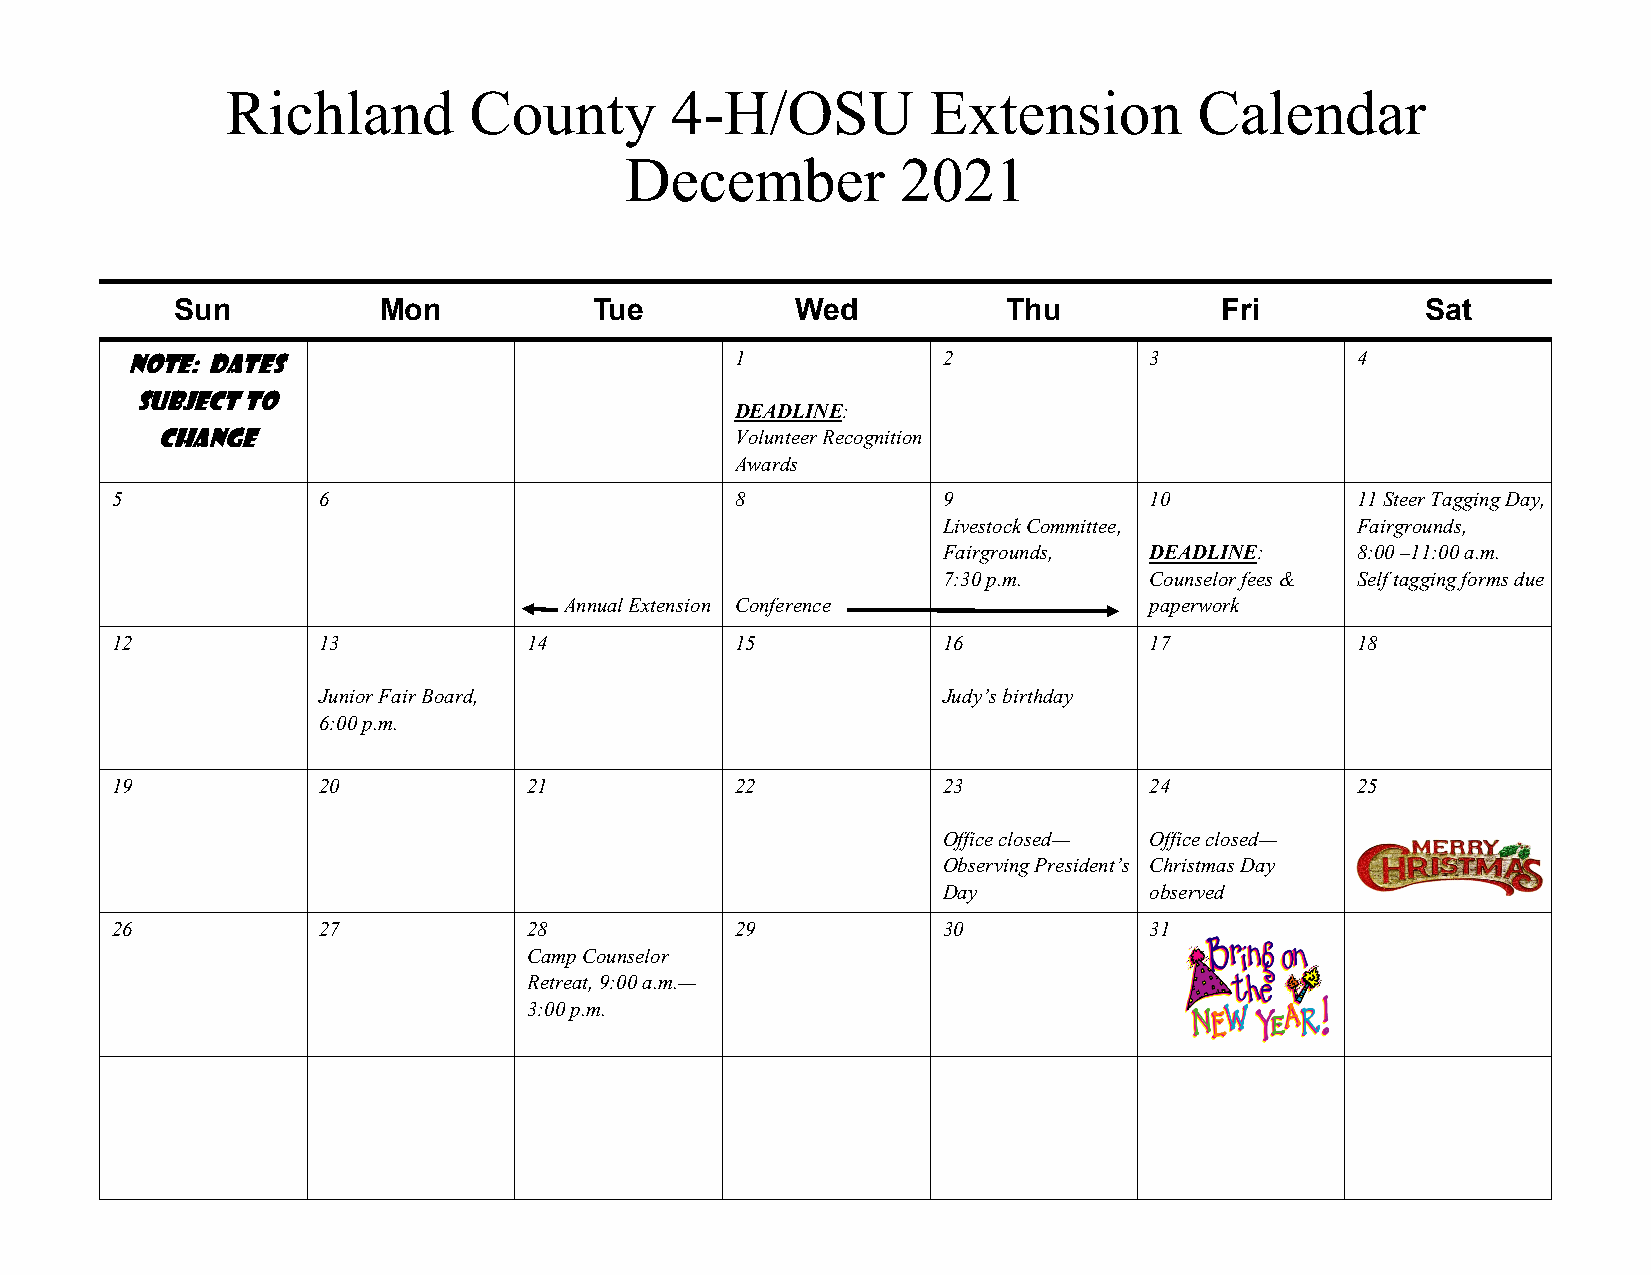
Richland        County       4-H/OSU          Extension         Calendar
 December           2021
 Sun          Mon           Tue           Wed           Thu           Fri          Sat
 Note: Dates                              1            2             3             4
 subject to
 DEADLINE:
 change                                 Volunteer Recognition
 Awards
 5             6                           8            9             10            11 Steer Tagging Day,
 Livestock Committee,        Fairgrounds,
 Fairgrounds,  DEADLINE:     8:00 –11:00 a.m.
 7:30 p.m.     Counselor fees & Self tagging forms due
 Annual Extension Conference            paperwork
 12            13            14            15           16            17            18
 Junior Fair Board,                       Judy’s birthday
 6:00 p.m.
 19            20            21            22           23            24            25
 Office closed— Office closed—
 Observing President’s Christmas Day
 Day           observed
 26            27            28            29           30            31
 Camp Counselor
 Retreat, 9:00 a.m.—
 3:00 p.m.